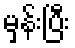
မှန်းပြီး